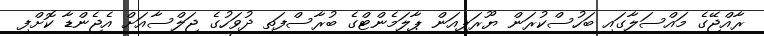
ރާއްޖޭގެ މައްސަލާގައި ބަހުސްކުރަން ޔޫރަޕިއަން ޕާލަމެންޓްގެ ބުރާސްފަތި ދުވަހުގެ ޖަލްސާއަށް އެޖެންޑާ ކޮށްފި